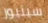
سينيور